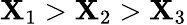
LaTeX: \mathbf{X}_{1}>\mathbf{X}_{2}>\mathbf{X}_{3}